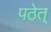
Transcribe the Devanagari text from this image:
पठेत्‌